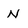
Character: N